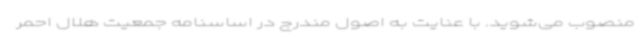
منصوب می‌شوید. با عنایت به اصول مندرج در اساسنامه جمعیت هلال احمر